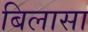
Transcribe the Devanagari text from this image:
बिलासा